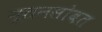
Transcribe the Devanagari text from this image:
नूतनसोबत